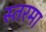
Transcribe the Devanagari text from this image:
स्तरमा